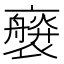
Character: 𧝻